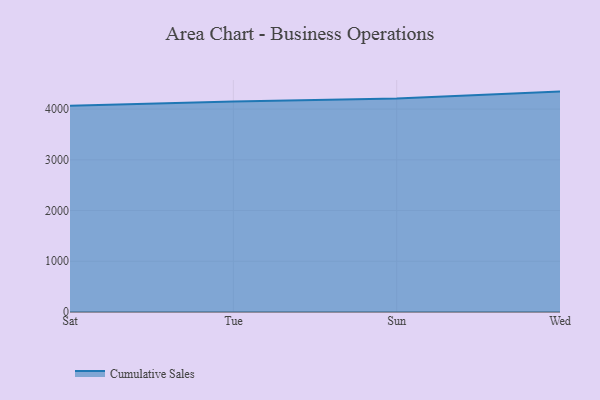
{"axis": {"x": "Day", "y": "Conversion Rate (%)"}, "legend": ["Cumulative Sales"], "data": [{"x": "Sat", "y": 4066.5, "type": "Cumulative Sales"}, {"x": "Tue", "y": 4149.9, "type": "Cumulative Sales"}, {"x": "Sun", "y": 4208.4, "type": "Cumulative Sales"}, {"x": "Wed", "y": 4344.9, "type": "Cumulative Sales"}]}